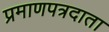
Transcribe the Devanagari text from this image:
प्रमाणपत्रदाता